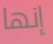
إنها